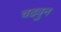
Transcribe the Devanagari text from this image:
चढवुन